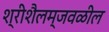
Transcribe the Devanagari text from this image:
श्रीशैलम्‌जवळील